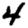
Digit: 4